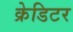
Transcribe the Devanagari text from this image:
क्रेडिटर